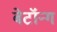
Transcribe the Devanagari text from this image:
बेटॉन्ग